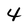
Character: 4